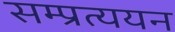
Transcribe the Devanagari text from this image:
सम्प्रत्ययन